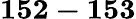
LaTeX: \mathbf{152-153}